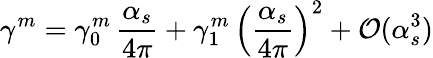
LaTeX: \gamma^{m}=\gamma_{0}^{m}\, \frac{\alpha_{s}}{4\pi}+\gamma_{1}^{m}\, \left(\frac{\alpha_{s}}{4\pi}\right)^{2}+{\cal O}(\alpha_{s}^{3})